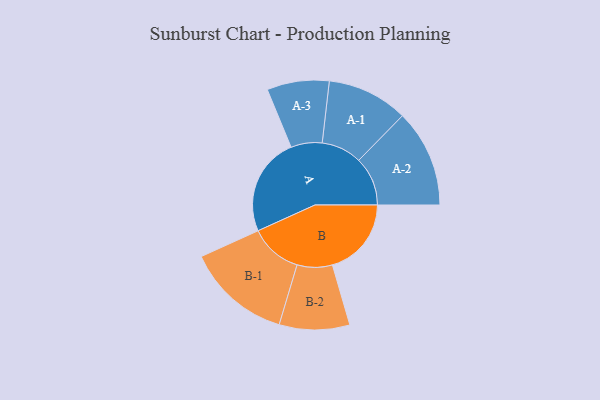
{"axis": {"x": "Segment", "y": "Value"}, "legend": ["", "A", "B"], "data": [{"x": "A", "y": 411, "type": ""}, {"x": "B", "y": 330, "type": ""}, {"x": "A-1", "y": 169, "type": "A"}, {"x": "A-2", "y": 204, "type": "A"}, {"x": "A-3", "y": 130, "type": "A"}, {"x": "B-1", "y": 219, "type": "B"}, {"x": "B-2", "y": 147, "type": "B"}]}